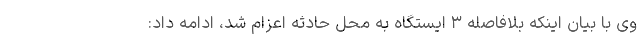
وی با بیان اینکه بلافاصله ۳ ایستگاه به محل حادثه اعزام شد، ادامه داد: